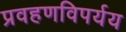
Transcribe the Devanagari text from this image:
प्रवहणविपर्यय